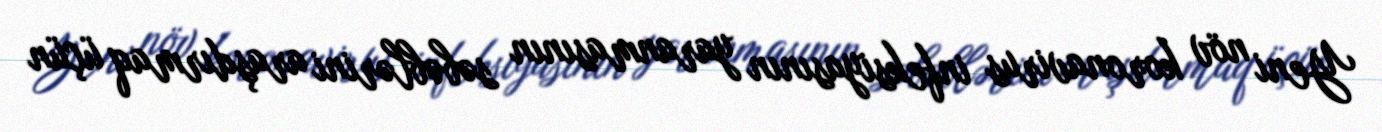
Yeni növ koronavirus infeksiyasının yaranmasının səbəblərini araşdırmaq üçün